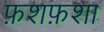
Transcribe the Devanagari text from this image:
फ़शफ़शा